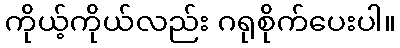
ကိုယ့်ကိုယ်လည်း ဂရုစိုက်ပေးပါ။